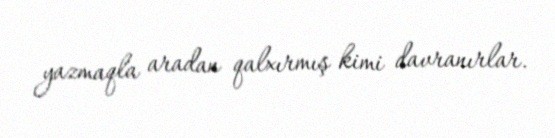
yazmaqla aradan qalxırmış kimi davranırlar.